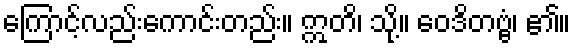
ကြောင့်လည်းကောင်းတည်း။ ဣတိ၊ သို့။ ဝေဒိတဗ္ဗံ၊ ၏။